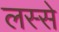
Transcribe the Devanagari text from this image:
लस्से